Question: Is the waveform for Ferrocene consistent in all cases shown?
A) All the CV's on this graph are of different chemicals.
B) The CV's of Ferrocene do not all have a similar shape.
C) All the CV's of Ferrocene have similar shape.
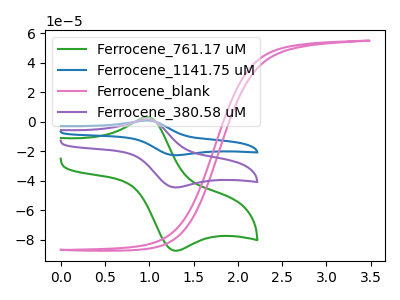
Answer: <think>The green curve "Ferrocene_761.17 uM" has an anodic peak at (1.00V, 3.35uA) and a cathodic peak at (1.30V, -87.45uA). The blue curve "Ferrocene_1141.75 uM" has an anodic peak at (1.00V, 3.40uA) and a cathodic peak at (1.30V, -88.95uA). The pink curve "Ferrocene_blank" has no peaks. The purple curve "Ferrocene_380.58 uM" has an anodic peak at (1.00V, 1.70uA) and a cathodic peak at (1.30V, -44.50uA).
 All the peaks in "Ferrocene_761.17 uM" have a peak in "Ferrocene_1141.75 uM" at the same potential. Every peak in "Ferrocene_761.17 uM" is lower than every peak in "Ferrocene_1141.75 uM". "Ferrocene_761.17 uM" and "Ferrocene_blank" have a different number of peaks. All the peaks in "Ferrocene_761.17 uM" have a peak in "Ferrocene_380.58 uM" at the same potential. Every peak in "Ferrocene_761.17 uM" is higher than every peak in "Ferrocene_380.58 uM". "Ferrocene_1141.75 uM" and "Ferrocene_blank" have a different number of peaks. All the peaks in "Ferrocene_1141.75 uM" have a peak in "Ferrocene_380.58 uM" at the same potential. Every peak in "Ferrocene_1141.75 uM" is higher than every peak in "Ferrocene_380.58 uM". "Ferrocene_blank" and "Ferrocene_380.58 uM" have a different number of peaks.</think>
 <answer>C) All the CV's of "Ferrocene" have similar shape.</answer>
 <eval>C</eval>